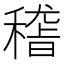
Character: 𥡴